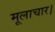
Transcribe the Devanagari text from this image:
मूलाचार।